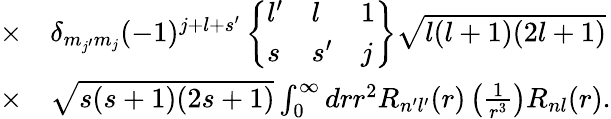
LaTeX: \begin{array}{rl}{\times}&{{}\delta_{m_{j^{\prime}}m_{j}}(-1)^{j+l+s^{\prime}}\left\{ \begin{array}{lll}{l^{\prime}}&{l}&{1}\\ {s}&{s^{\prime}}&{j}\end{array}\right\} \sqrt{l(l+1)(2l+1)}}\\ {\times}&{{}\sqrt{s(s+1)(2s+1)}\int_{0}^{\infty}drr^{2}R_{n^{\prime}l^{\prime}}(r)\left(\frac{1}{r^{3}}\right)R_{nl}(r).}\end{array}